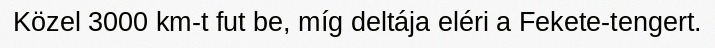
Közel 3000 km-t fut be, míg deltája eléri a Fekete-tengert.